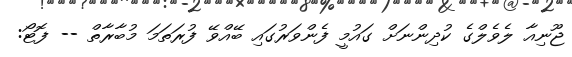
ޖޫނިއާ ލެވެލްގެ ކުދިންނަށް ގައުމީ ފެންވަރުގައި ބޭއްވޭ ފުރަތަމަ މުބާރާތް -- ފޮޓޯ: